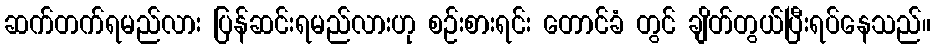
ဆက်တက်ရမည်လား ပြန်ဆင်းရမည်လားဟု စဉ်းစားရင်း တောင်ခံ တွင် ချိတ်တွယ်ပြီးရပ်နေသည်။